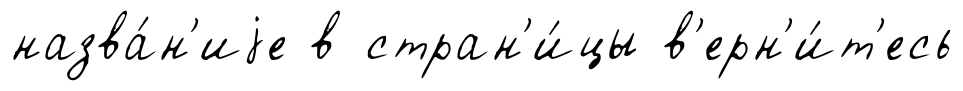
назва́н'иjе в стран'и́цы в'ерн'и́т'есь